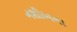
નશીબના